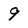
Character: g